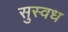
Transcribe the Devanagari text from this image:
सुस्वध